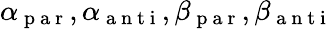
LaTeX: \alpha_{\mathrm{~p~a~r~}},\alpha_{\mathrm{~a~n~t~i~}},\beta_{\mathrm{~p~a~r~}},\beta_{\mathrm{~a~n~t~i~}}